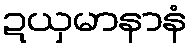
ဍယှမာနာနံ